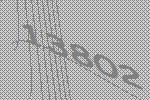
13802